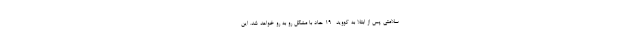
سلامتی پس از ابتلا به کووید- 19 حاد با مشکل رو به رو خواهد شد. این